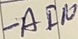
Text: -AIN